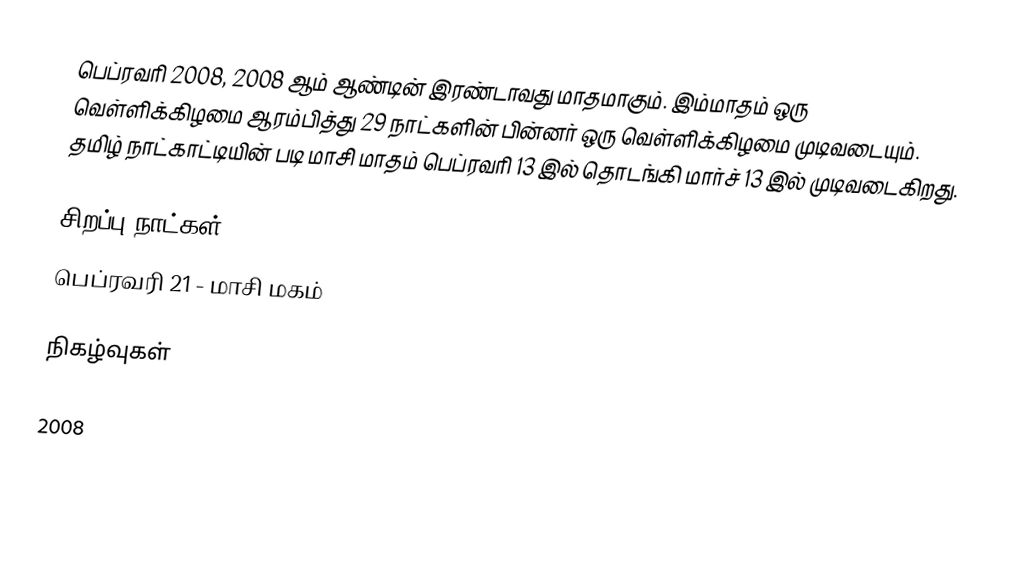
பெப்ரவரி 2008, 2008 ஆம் ஆண்டின் இரண்டாவது மாதமாகும். இம்மாதம் ஒரு வெள்ளிக்கிழமை ஆரம்பித்து 29 நாட்களின் பின்னர் ஒரு வெள்ளிக்கிழமை முடிவடையும். தமிழ் நாட்காட்டியின் படி மாசி மாதம் பெப்ரவரி 13 இல் தொடங்கி மார்ச் 13 இல் முடிவடைகிறது.

சிறப்பு நாட்கள்
 பெப்ரவரி 21 - மாசி மகம்

நிகழ்வுகள்

2008